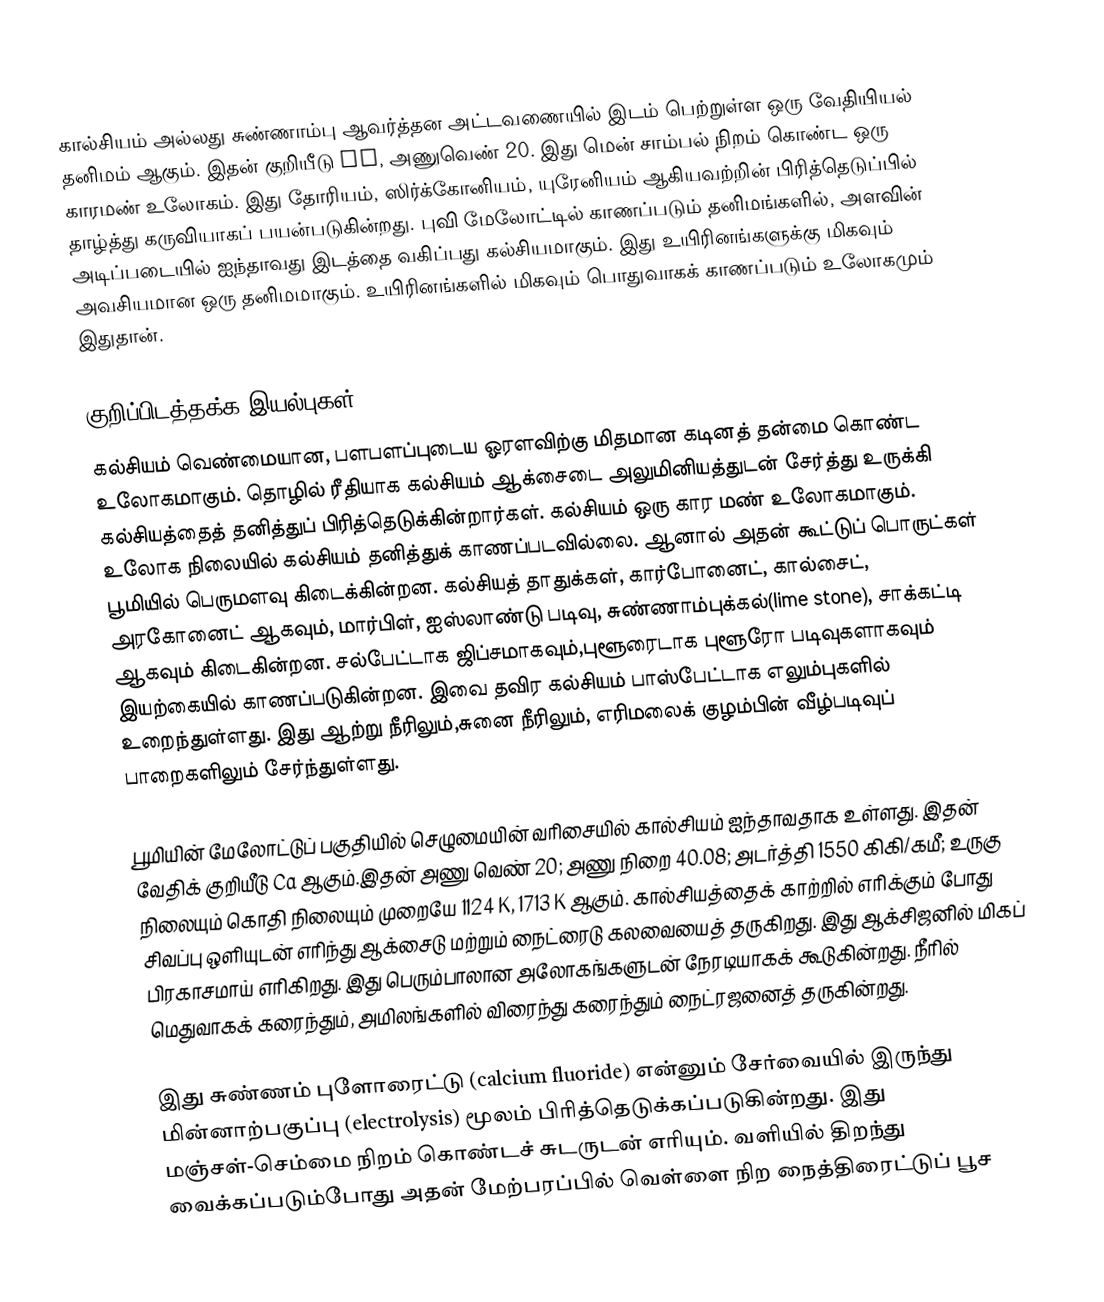
கால்சியம் அல்லது சுண்ணாம்பு ஆவர்த்தன அட்டவணையில் இடம் பெற்றுள்ள ஒரு வேதியியல் தனிமம் ஆகும். இதன் குறியீடு Ca, அணுவெண் 20. இது மென் சாம்பல் நிறம் கொண்ட ஒரு காரமண் உலோகம். இது தோரியம், ஸிர்க்கோனியம், யுரேனியம் ஆகியவற்றின் பிரித்தெடுப்பில் தாழ்த்து கருவியாகப் பயன்படுகின்றது. புவி மேலோட்டில் காணப்படும் தனிமங்களில், அளவின் அடிப்படையில் ஐந்தாவது இடத்தை வகிப்பது கல்சியமாகும். இது உயிரினங்களுக்கு மிகவும் அவசியமான ஒரு தனிமமாகும். உயிரினங்களில் மிகவும் பொதுவாகக் காணப்படும் உலோகமும் இதுதான்.

குறிப்பிடத்தக்க இயல்புகள்
கல்சியம் வெண்மையான, பளபளப்புடைய ஓரளவிற்கு மிதமான கடினத் தன்மை கொண்ட உலோகமாகும். தொழில் ரீதியாக கல்சியம் ஆக்சைடை அலுமினியத்துடன் சேர்த்து உருக்கி கல்சியத்தைத் தனித்துப் பிரித்தெடுக்கின்றார்கள். கல்சியம் ஒரு கார மண் உலோகமாகும். உலோக நிலையில் கல்சியம் தனித்துக் காணப்படவில்லை. ஆனால் அதன் கூட்டுப் பொருட்கள் பூமியில் பெருமளவு கிடைக்கின்றன.  கல்சியத் தாதுக்கள், கார்போனைட், கால்சைட், அரகோனைட் ஆகவும், மார்பிள், ஐஸ்லாண்டு படிவு, சுண்ணாம்புக்கல்(lime stone), சாக்கட்டி ஆகவும் கிடைகின்றன. சல்பேட்டாக ஜிப்சமாகவும்,புளூரைடாக புளூரோ படிவுகளாகவும் இயற்கையில் காணப்படுகின்றன. இவை தவிர கல்சியம் பாஸ்பேட்டாக எலும்புகளில் உறைந்துள்ளது. இது ஆற்று நீரிலும்,சுனை நீரிலும், எரிமலைக் குழம்பின் வீழ்படிவுப் பாறைகளிலும் சேர்ந்துள்ளது.

பூமியின் மேலோட்டுப் பகுதியில் செழுமையின் வரிசையில் கால்சியம் ஐந்தாவதாக உள்ளது. இதன் வேதிக் குறியீடு Ca ஆகும்.இதன் அணு வெண் 20; அணு நிறை 40.08; அடர்த்தி 1550 கிகி/கமீ; உருகு நிலையும் கொதி நிலையும் முறையே 1124 K, 1713 K ஆகும். கால்சியத்தைக் காற்றில் எரிக்கும் போது சிவப்பு ஒளியுடன் எரிந்து ஆக்சைடு மற்றும் நைட்ரைடு கலவையைத் தருகிறது. இது ஆக்சிஜனில் மிகப் பிரகாசமாய் எரிகிறது. இது பெரும்பாலான அலோகங்களுடன் நேரடியாகக் கூடுகின்றது. நீரில் மெதுவாகக் கரைந்தும், அமிலங்களில் விரைந்து கரைந்தும் நைட்ரஜனைத் தருகின்றது.

இது சுண்ணம் புளோரைட்டு (calcium fluoride) என்னும் சேர்வையில் இருந்து மின்னாற்பகுப்பு (electrolysis) மூலம் பிரித்தெடுக்கப்படுகின்றது. இது மஞ்சள்-செம்மை நிறம் கொண்டச் சுடருடன் எரியும். வளியில் திறந்து வைக்கப்படும்போது அதன் மேற்பரப்பில் வெள்ளை நிற நைத்திரைட்டுப் பூச